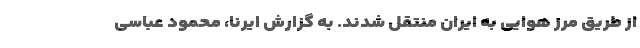
از طریق مرز هوایی به ایران منتقل شدند. به گزارش ایرنا، محمود عباسی